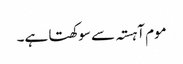
موم آہستہ سے سوکھتا ہے۔